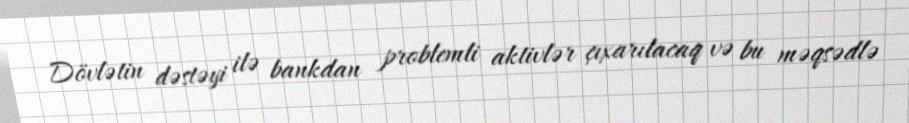
Dövlətin dəstəyi ilə bankdan problemli aktivlər çıxarılacaq və bu məqsədlə